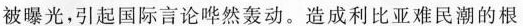
被曝光，引起国际言论哗然轰动。造成利比亚难民潮的根